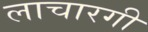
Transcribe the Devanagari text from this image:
लाचारगी